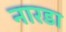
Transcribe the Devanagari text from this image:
नारडा